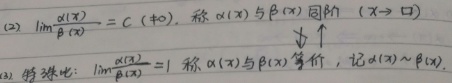
(2) 若\(\lim\limits_{x \to \square} \frac{\alpha(x)}{\beta(x)} = C (\neq 0)\)，称\(\alpha(x)\)与\(\beta(x)\)同阶\((x \to \square)\)。

(3) 特殊地：若\(\lim\limits_{x \to \square} \frac{\alpha(x)}{\beta(x)} = 1\)，称\(\alpha(x)\)与\(\beta(x)\)等价，记为\(\alpha(x) \sim \beta(x)\)。